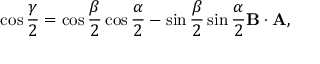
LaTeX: \cos { \frac { \gamma } { 2 } } = \cos { \frac { \beta } { 2 } } \cos { \frac { \alpha } { 2 } } - \sin { \frac { \beta } { 2 } } \sin { \frac { \alpha } { 2 } } \mathbf { B } \cdot \mathbf { A } ,